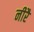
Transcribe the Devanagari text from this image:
नीरै